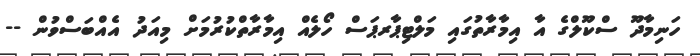
ހަނިމާދޫ ސްކޫލްގެ އާ އިމާރާތުގައި މަލްޓިޕާރޕަސް ހޯލެއް އިމާރާތްކުރުމަށް މިއަދު އެއްބަސްވުން --